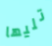
تليها